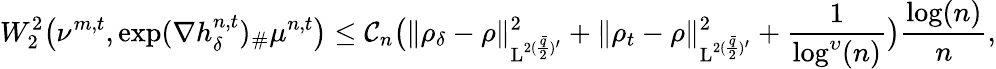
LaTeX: W_{2}^{2}\big(\nu^{m,t},\exp(\nabla h_{\delta}^{n,t})_{\# }\mu^{n,t}\big)\leq\mathcal{C}_{n}\big(\| \rho_{\delta}-\rho\| _{\mathrm{L}^{2(\frac{\bar{q}}{2})^{\prime}}}^{2}+\| \rho_{t}-\rho\| _{\mathrm{L}^{2(\frac{\bar{q}}{2})^{\prime}}}^{2}+\frac{1}{\log^{\upsilon}(n)}\big)\frac{\log(n)}{n},